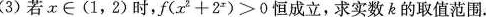
(3)若x∈(1，2)时，f(x^{2}+2^{x}) >0恒成立，求实数k的取值范围。